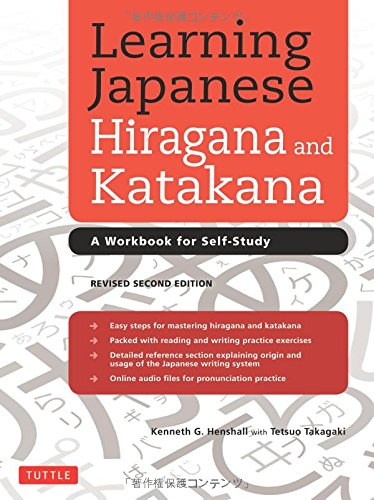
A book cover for Learning Japanese Hiragana and Katakana: A Workbook for Self-Study; Kenneth G. Henshall; Reference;